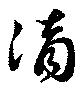
滴